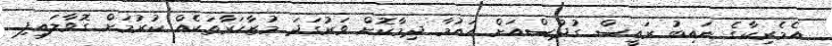
އެމެރިކާގެ ނައިބު ރައީސް ގުދުސްއަށް އައުމާ ދިމާކޮށް ވަރުގަދަ މުޒާހަރާތަކެއް ކުރުމަށް ގޮވާލައިފި